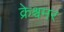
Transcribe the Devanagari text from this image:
क्रेश्चमर